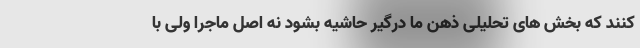
کنند که بخش های تحلیلی ذهن ما درگیر حاشیه بشود نه اصل ماجرا ولی با